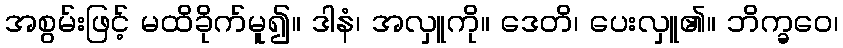
အစွမ်းဖြင့် မထိခိုက်မူ၍။ ဒါနံ၊ အလှူကို။ ဒေတိ၊ ပေးလှူ၏။ ဘိက္ခဝေ၊